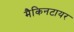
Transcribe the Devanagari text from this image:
मैकिनटायर